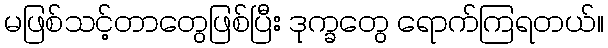
မဖြစ်သင့်တာတွေဖြစ်ပြီး ဒုက္ခတွေ ရောက်ကြရတယ်။